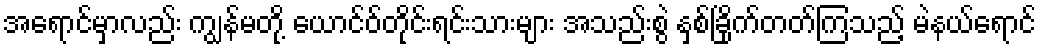
အရောင်မှာလည်း ကျွန်မတို့ ယောင်ဝ်တိုင်းရင်းသားများ အသည်းစွဲ နှစ်ခြိုက်တတ်ကြသည့် မဲနယ်ရောင်